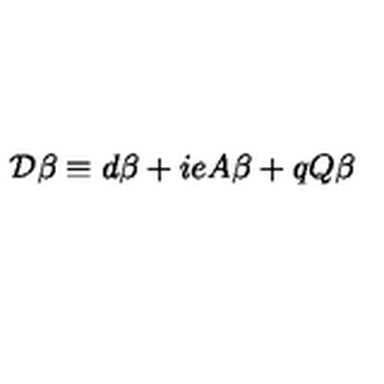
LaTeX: { \cal { D } } \beta \equiv d \beta + i e A \beta + q Q \beta